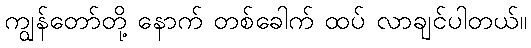
ကျွန်တော်တို့ နောက် တစ်ခေါက် ထပ် လာချင်ပါတယ်။